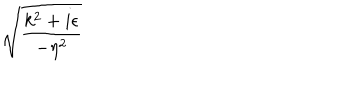
\sqrt { \frac { k ^ { 2 } + i \epsilon } { - \eta ^ { 2 } } }